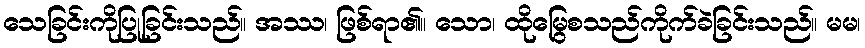
သေခြင်းကိုပြုခြင်းသည်။ အဿ၊ ဖြစ်ရာ၏။ သော၊ ထိုမြွေစသည်ကိုက်ခဲခြင်းသည်။ မမ၊